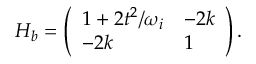
H _ { b } = \left( \begin{array} { l l } { 1 + 2 t ^ { 2 } / \omega _ { i } } & { - 2 k } \\ { - 2 k } & { 1 } \end{array} \right) .